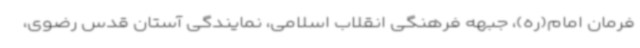
فرمان امام(ره)، جبهه فرهنگی انقلاب اسلامی، نمایندگی آستان قدس رضوی،